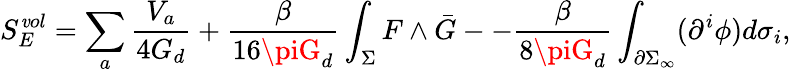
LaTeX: S_{E}^{\mathit{v}ol}=\sum_{a}\frac{{V_{a}}}{{4G_{d}}}+\frac{{\beta}}{{16\piG_{d}}}\int_{\Sigma}F\wedge\bar{{G}}--\frac{{\beta}}{{8\piG_{d}}}\int_{\partial\Sigma_{\infty}}(\partial^{i}\phi)d\sigma_{i},